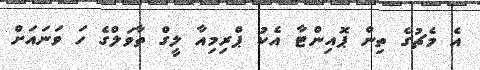
އެ މެޗުގެ ތިން ޕޮއިންޓާ އެކު ޕްރިމިއާ ލީގް ތާވަލްގެ ހަ ވަނައަށް